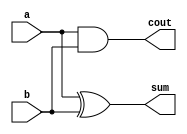
`timescale 1ns / 1ps
//////////////////////////////////////////////////////////////////////////////////
// Company: 
// Engineer: 
// 
// Design Name: 
// Module Name: logic_half_adder
// Project Name: 
// Target Devices: 
// Tool Versions: 
// Description: 
// 
// Dependencies: 
// 
// Revision:
// Revision 0.01 - File Created
// Additional Comments:
// 
//////////////////////////////////////////////////////////////////////////////////


module logic_half_adder(a, b, cout, sum);
    input a, b;
    output cout, sum;
    wire c_out_bar;
    
    xor(sum, a, b);
    nand(c_out_bar, a, b);
    not(cout, c_out_bar);
    
endmodule